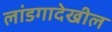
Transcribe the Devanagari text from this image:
लांडगादेखील